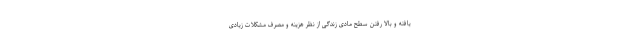
یافته و بالا رفتن سطح مادی زندگی از نظر هزینه و مصرف مشکلات زیادی